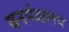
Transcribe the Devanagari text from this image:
वनमंत्रालय